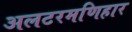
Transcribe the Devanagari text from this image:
अलटरमणिहार